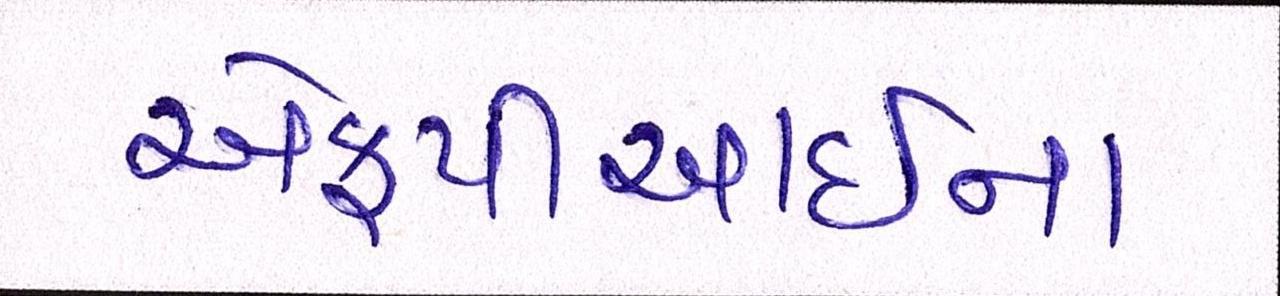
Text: એફપીઆઇના